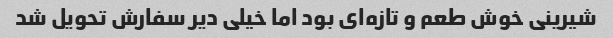
شیرینی خوش طعم و تازه‌ای بود اما خیلی دیر سفارش تحویل شد